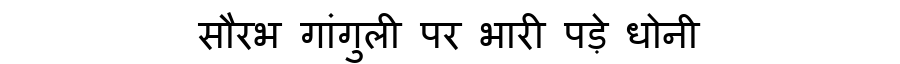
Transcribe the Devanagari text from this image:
सौरभ गांगुली पर भारी पड़े धोनी